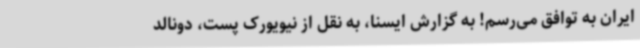
ایران به توافق می‌رسم! به گزارش ایسنا، به نقل از نیویورک پست، دونالد